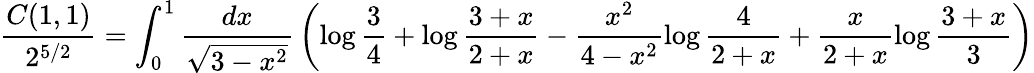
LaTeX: {\frac{C(1,1)}{2^{5/2}}}=\int_{0}^{1}\frac{dx}{\sqrt{3-x^{2}}}\, \left(\log\frac 34+\log\frac{3+x}{2+x}-\frac{x^{2}}{4-x^{2}}\log\frac{4}{2+x}+\frac{x}{2+x}\log\frac{3+x}{3}\right)